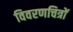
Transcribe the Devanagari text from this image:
विवरणचित्रों